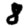
Digit: 8